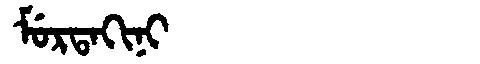
Manchu: ᠮᡠᡵᡨᠠᡴᡳᠨᡳ
Romanization: MURTAKINI